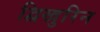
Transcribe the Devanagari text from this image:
द्विखुरिन